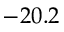
- 2 0 . 2